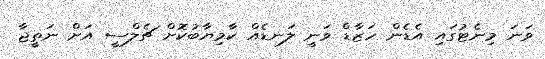
ވަނަ މިނެޓުގައި އެޑެން ހަޒާޑް ވަނީ ލަނޑެއް ކާމިޔާބުކޮށް ޗެލްސީ އަށް ނަތީޖާ